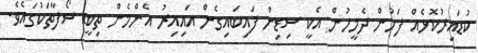
ކުޑައިރުކޮޅެއް ފަހުން ދެމީހުން އެކީ ސިޑިން ފައިބައިގެން އައިއިރު އެންމެން ތިބީ ސޯފާތަކުގައެވެ.